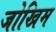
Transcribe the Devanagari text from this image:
जोखिम